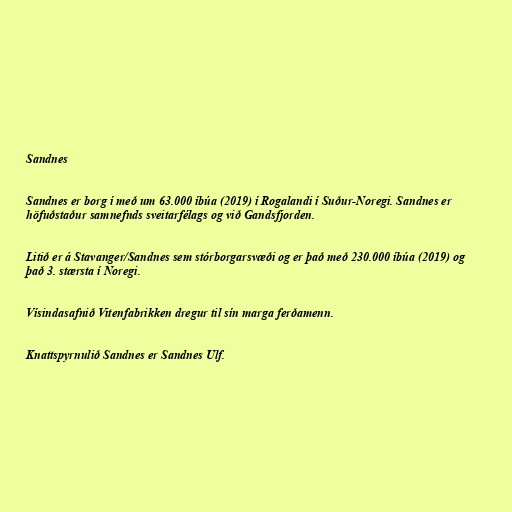
Sandnes

Sandnes er borg í með um 63.000 íbúa (2019) í Rogalandi í Suður-Noregi. Sandnes er
höfuðstaður samnefnds sveitarfélags og við Gandsfjorden.

Litið er á Stavanger/Sandnes sem stórborgarsvæði og er það með 230.000 íbúa (2019) og
það 3. stærsta í Noregi.

Vísindasafnið Vitenfabrikken dregur til sín marga ferðamenn.

Knattspyrnulið Sandnes er Sandnes Ulf.